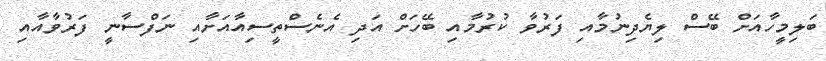
ބަލިމީހާއަށް ބޭސް ލިޔެދިނުމާއި ފަރުވާ ކުރުމާއި ބޭހަށް އަދި އެނެސްތީސިއާއަށާއި ނަފްސާނީ ފަރުވާއާއި